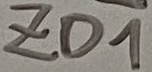
Text: ZD1